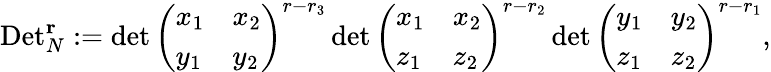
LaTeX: \mathrm{Det}_{N}^{\mathbf{r}}:=\operatorname*{det}\left(\begin{array}{ll}{x_{1}}&{x_{2}}\\ {y_{1}}&{y_{2}}\end{array}\right)^{r-r_{3}}\operatorname*{det}\left(\begin{array}{ll}{x_{1}}&{x_{2}}\\ {z_{1}}&{z_{2}}\end{array}\right)^{r-r_{2}}\operatorname*{det}\left(\begin{array}{ll}{y_{1}}&{y_{2}}\\ {z_{1}}&{z_{2}}\end{array}\right)^{r-r_{1}},